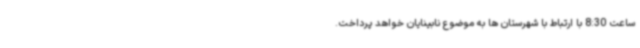
ساعت 8:30 با ارتباط با شهرستان ها به موضوع نابینایان خواهد پرداخت.